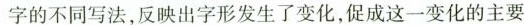
字的不同写法，反映出字形发生了变化，促成这一变化的主要